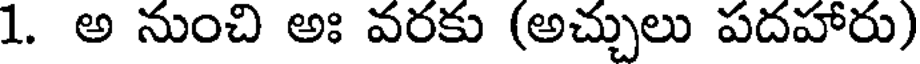
1. అ నుంచి అః వరకు (అచ్చులు పదహారు)